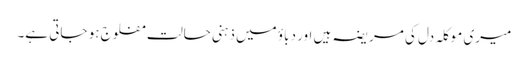
میری موکلہ دل کی مریضہ ہیں اور دباؤ میں ذہنی حالت مفلوج ہو جاتی ہے۔